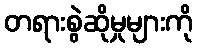
တရားစွဲဆိုမှုများကို